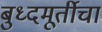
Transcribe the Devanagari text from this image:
बुध्दमूर्तीचा